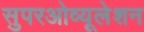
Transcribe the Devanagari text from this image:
सुपरओव्यूलेशन